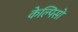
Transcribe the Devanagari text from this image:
केल्पिसो